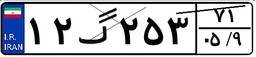
۱۲گ۸۲۶۵۵